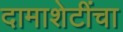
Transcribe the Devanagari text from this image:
दामाशेटींचा